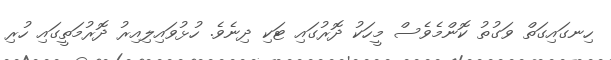
ހިނގައިގަތް ވަގުތު ކޮންމެވެސް މީހަކު ދޮރުގައި ޓަކި ދިނެވެ. ހުޅުވައިލިއިރު ދޮރުމަތީގައި ހުރި